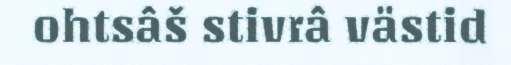
ohtsâš stivrâ västid